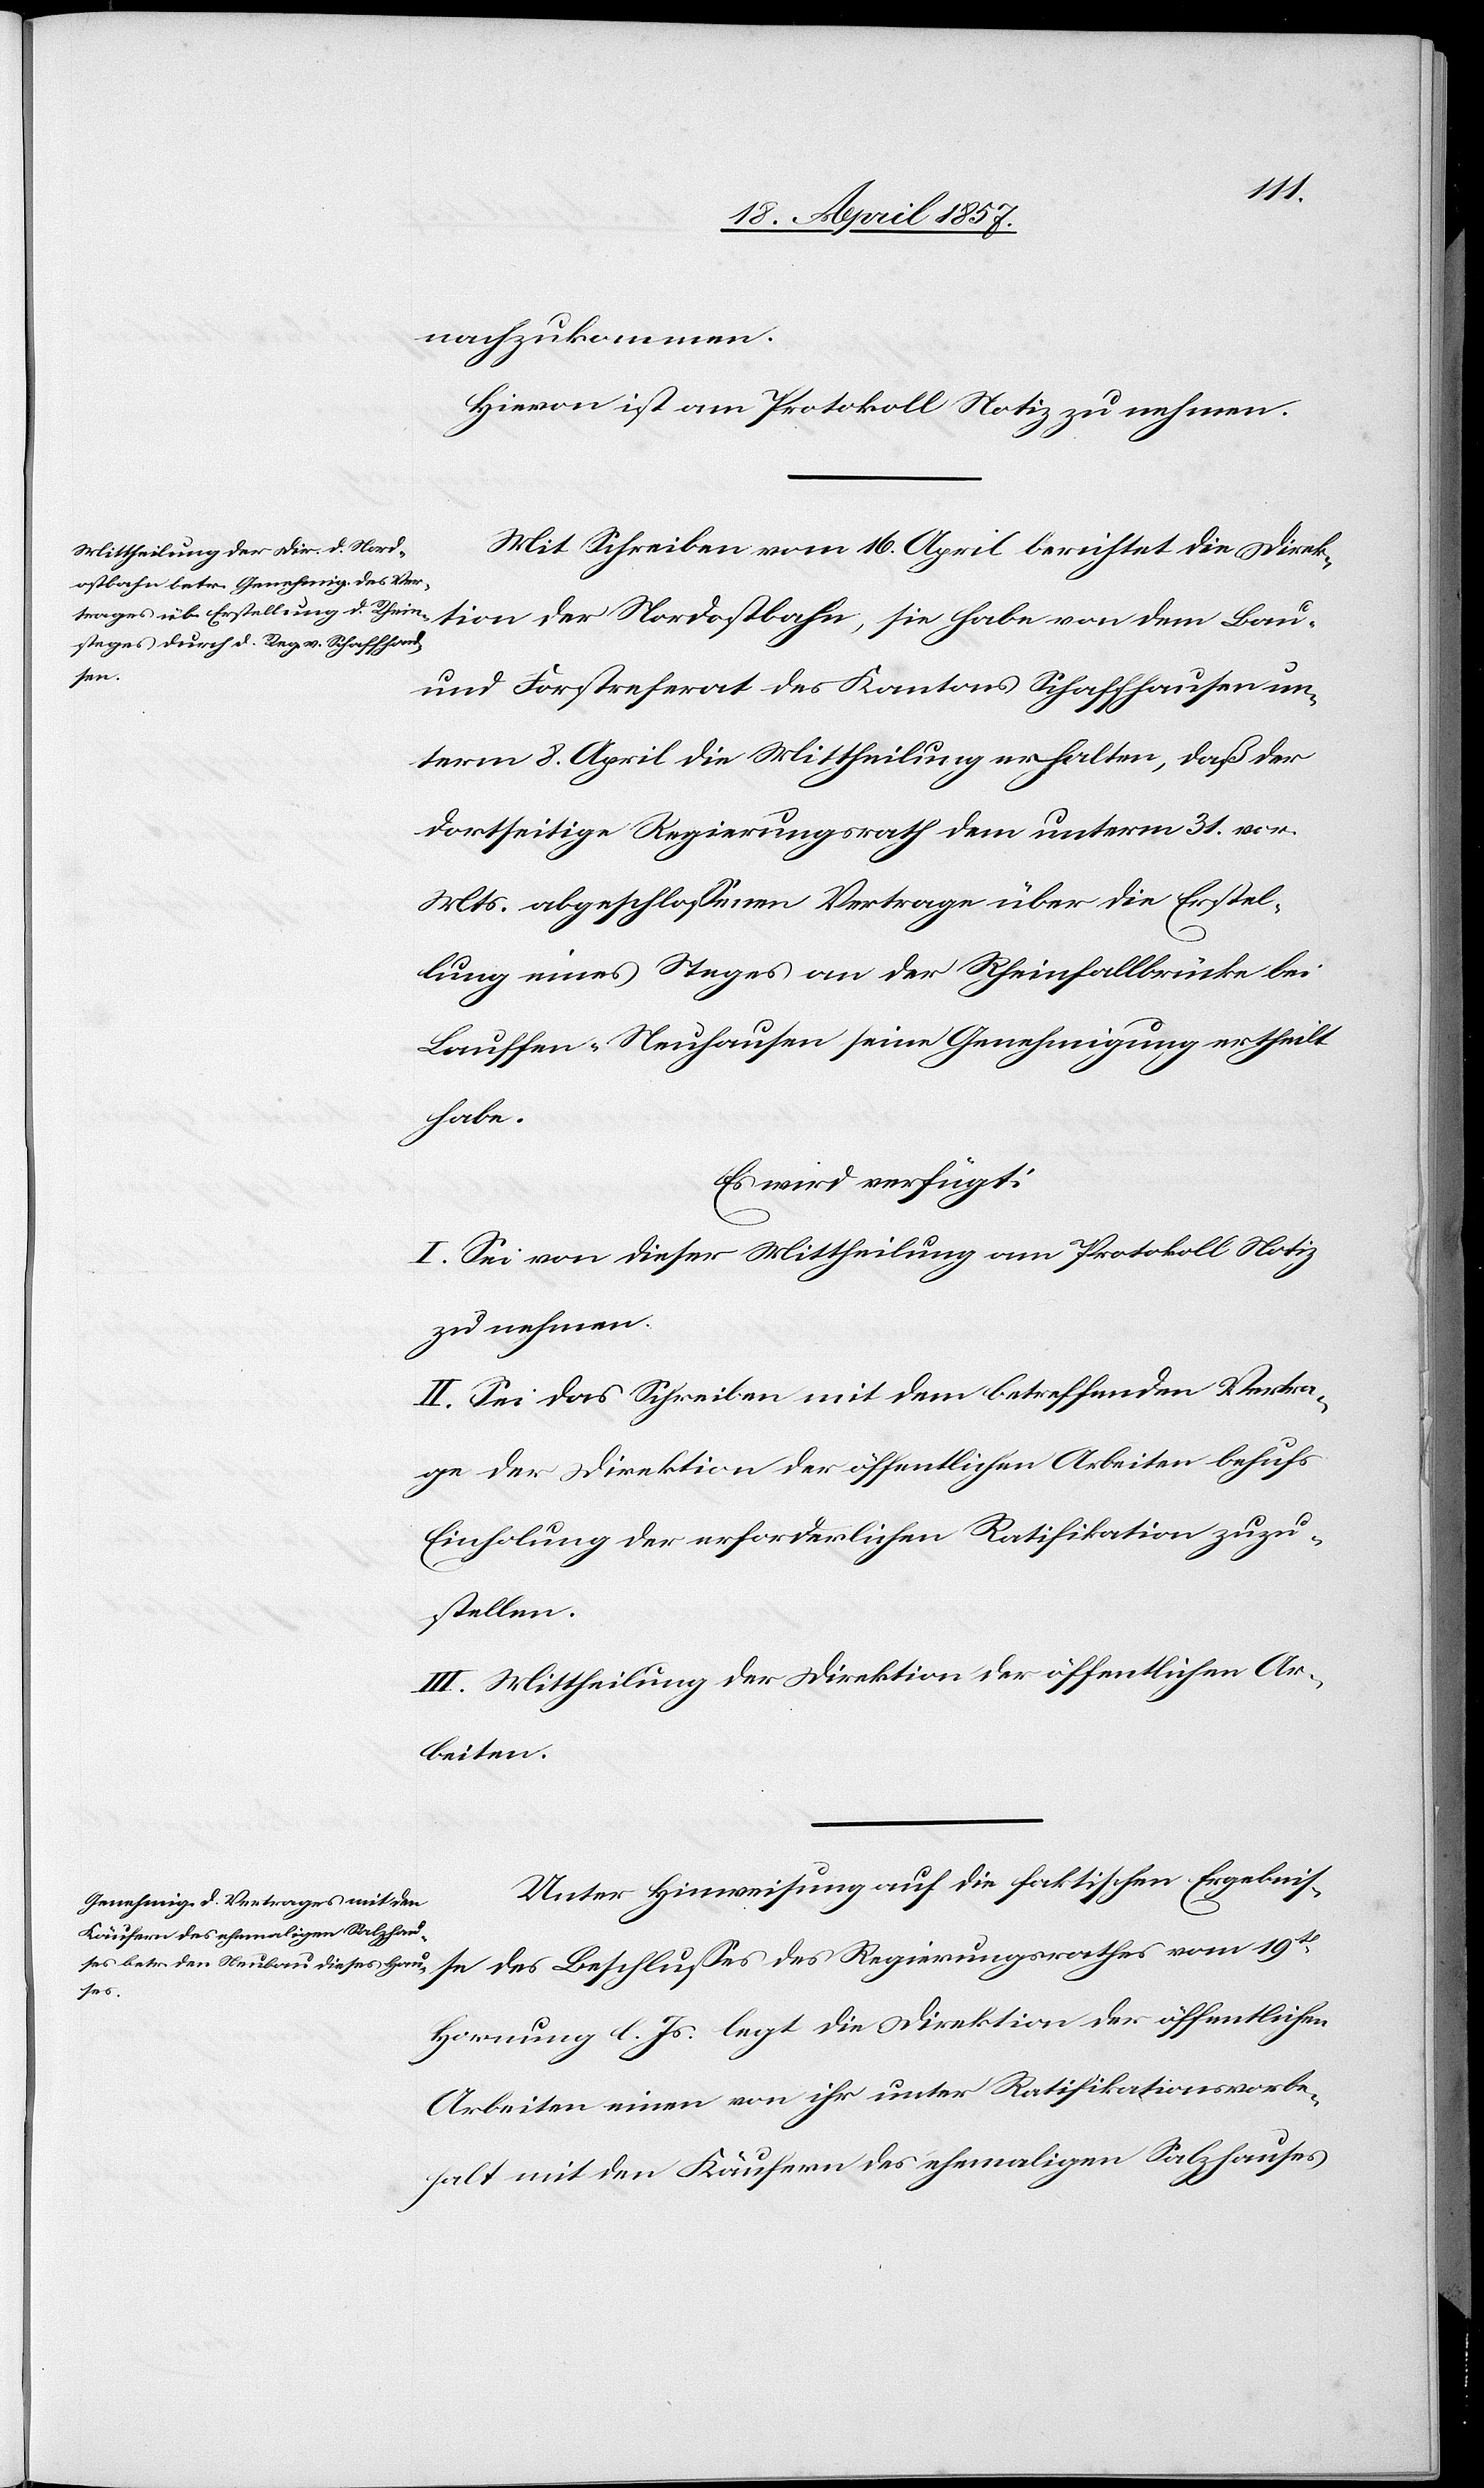
nachzukommen.
Hievon ist am Protokoll Notiz zu nehmen.
Mit Schreiben vom 16. April berichtet die Direk¬
tion der Nordostbahn, sie habe von dem Bau-
und Forstreferat des Kantons Schaffhausen un¬
term 8. April die Mittheilung erhalten, daß der
dortseitige Regierungsrath dem unterm 31. vor.
Mts. abgeschlossenen Vertrage über die Erstel¬
lung eines Steges an der Rheinfallbrücke bei
Lauffen-Neuhausen seine Genehmigung ertheilt
habe.
Es wird verfügt:
I. Sei von dieser Mittheilung am Protokoll Notiz
zu nehmen.
II. Sei das Schreiben mit dem betreffenden Vertra¬
ge der Direktion der öffentlichen Arbeiten behufs
Einholung der erforderlichen Ratifikation zuzu¬
stellen.
III. Mittheilung der Direktion der öffentlichen Ar¬
beiten.
Unter Hinweisung auf die faktischen Ergebnis¬
se des Beschlusses des Regierungsrathes vom 19t
Hornung d. Js. legt die Direktion der öffentlichen
Arbeiten einen von ihr unter Ratifikationsvorbe¬
halt mit den Käufern des ehemaligen Salzhauses